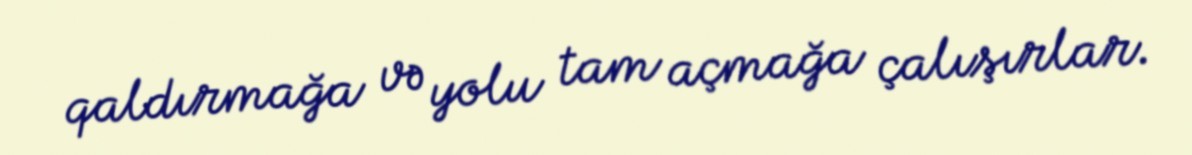
qaldırmağa və yolu tam açmağa çalışırlar.